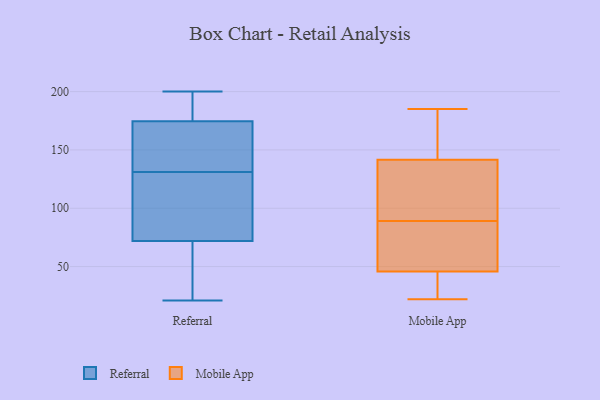
{"axis": {"x": "Operating Costs (USD K)", "y": "Value"}, "legend": ["Mobile App", "Referral"], "data": [{"x": "", "y": 116, "type": "Referral"}, {"x": "", "y": 21, "type": "Referral"}, {"x": "", "y": 200, "type": "Referral"}, {"x": "", "y": 161, "type": "Referral"}, {"x": "", "y": 37, "type": "Referral"}, {"x": "", "y": 47, "type": "Referral"}, {"x": "", "y": 142, "type": "Referral"}, {"x": "", "y": 162, "type": "Referral"}, {"x": "", "y": 187, "type": "Referral"}, {"x": "", "y": 97, "type": "Referral"}, {"x": "", "y": 120, "type": "Referral"}, {"x": "", "y": 198, "type": "Referral"}, {"x": "", "y": 92, "type": "Mobile App"}, {"x": "", "y": 104, "type": "Mobile App"}, {"x": "", "y": 173, "type": "Mobile App"}, {"x": "", "y": 38, "type": "Mobile App"}, {"x": "", "y": 161, "type": "Mobile App"}, {"x": "", "y": 140, "type": "Mobile App"}, {"x": "", "y": 22, "type": "Mobile App"}, {"x": "", "y": 39, "type": "Mobile App"}, {"x": "", "y": 50, "type": "Mobile App"}, {"x": "", "y": 35, "type": "Mobile App"}, {"x": "", "y": 146, "type": "Mobile App"}, {"x": "", "y": 88, "type": "Mobile App"}, {"x": "", "y": 185, "type": "Mobile App"}, {"x": "", "y": 48, "type": "Mobile App"}, {"x": "", "y": 60, "type": "Mobile App"}, {"x": "", "y": 140, "type": "Mobile App"}, {"x": "", "y": 89, "type": "Mobile App"}]}